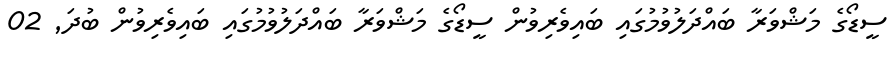
ސީޑޯގެ މަޝްވަރާ ބައްދަލުވުމުގައި ބައިވެރިވުން ސީޑޯގެ މަޝްވަރާ ބައްދަލުވުމުގައި ބައިވެރިވުން ބުދަ